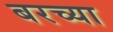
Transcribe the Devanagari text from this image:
बरच्या